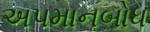
અપમાનબોધ